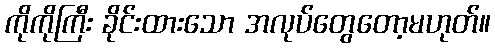
ကိုကိုကြီး ခိုင်းထားသော အလုပ်တွေတော့မဟုတ်။